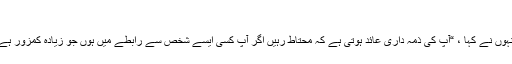
”
انہوں نے کہا ، “آپ کی ذمہ داری عائد ہوتی ہے کہ محتاط رہیں اگر آپ کسی ایسے شخص سے رابطے میں ہوں جو زیادہ کمزور ہے۔